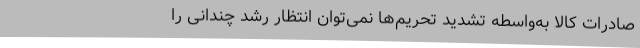
صادرات کالا به‌واسطه تشدید تحریم‌ها نمی‌توان انتظار رشد چندانی را